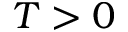
T > 0